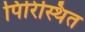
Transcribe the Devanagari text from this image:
पिरिस्थित